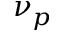
\nu _ { p }